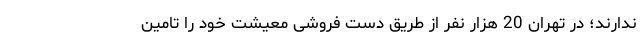
ندارند؛ در تهران 20 هزار نفر از طریق دست فروشی معیشت خود را تامین